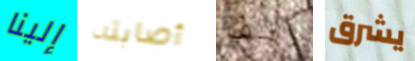
إلينا أصابته ولف يشرق